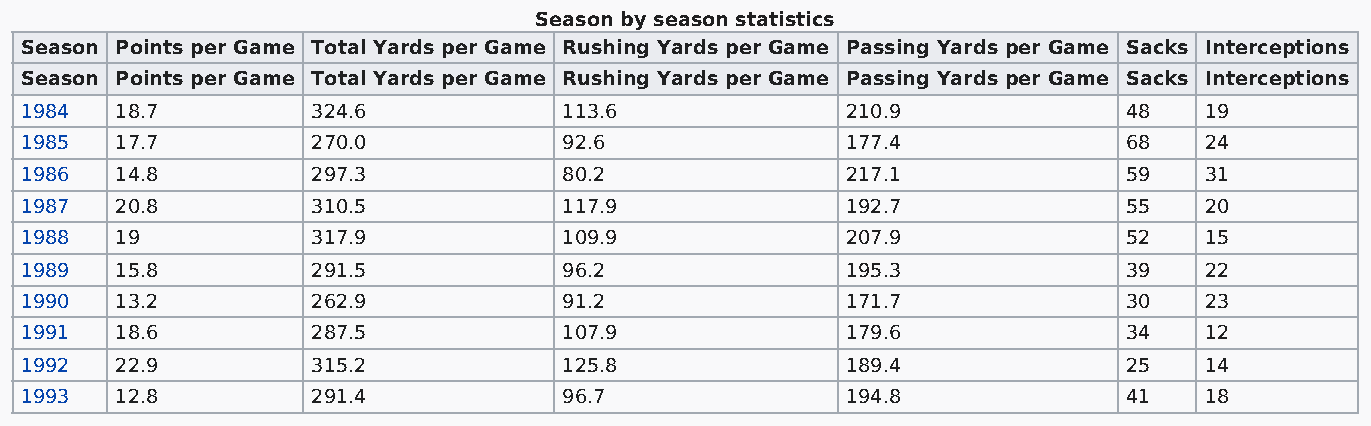
Season by season statistics
 Season Points per Game Total Yards per Game Rushing Yards per Game Passing Yards per Game Sacks Interceptions
 Season Points per Game Total Yards per Game Rushing Yards per Game Passing Yards per Game Sacks Interceptions
 1984   18.7         324.6           113.6              210.9              48   19
 1985   17.7         270.0           92.6               177.4              68   24
 1986   14.8         297.3           80.2               217.1              59   31
 1987   20.8         310.5           117.9              192.7              55   20
 1988   19           317.9           109.9              207.9              52   15
 1989   15.8         291.5           96.2               195.3              39   22
 1990   13.2         262.9           91.2               171.7              30   23
 1991   18.6         287.5           107.9              179.6              34   12
 1992   22.9         315.2           125.8              189.4              25   14
 1993   12.8         291.4           96.7               194.8              41   18